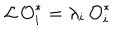
{ \cal L \, O } _ { i } ^ { * } = \lambda _ { i } { \cal \, O } _ { i } ^ { * }